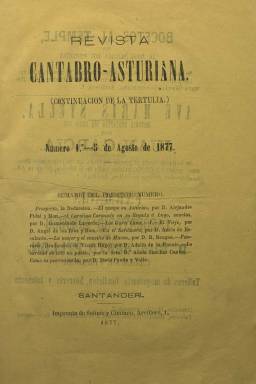
Título: Revista cántabro-asturiana
Otros títulos: Revista cántabro asturiana
Colección: Cultura
Ámbito geográfico: Cantabria
Lugar de publicación: Santander
Fechas: 05/08/1877-20/04/1878

Es continuación de La Tertulia, publicación que había estado apareciendo entre 1876 y 1877, y que también forma parte de la colección de la Biblioteca Nacional de España. Una y otra son consideradas “de trascendencia capital para la literatura de Cantabria, tanto por la calidad de sus colaboradores como por haber sido foco destacado de regionalismo y de una escuela literaria autóctona” (Salvador García Castañeda: 1990). Revista cántabro-asturiana comienza a publicarse el cinco de agosto de 1877, y modifica el anterior título al querer sus artífices abarcar ahora “los intereses literarios de las dos Asturias”. Su editor sigue siendo el mismo, el impresor Francisco Mazón (1842-1900), así como sus más conocidos inspiradores y redactores: José María de Pereda (1833-1906) y Marcelino Menéndez Pelayo (1856-1912).

Su formato y diseño es similar a su antecesora, en folio, con entregas de 32 páginas, compuestas a una columna, a la que se suma una cubierta (4 p.), que va a servir para insertar alguna publicidad comercial, entre la que se incluyen anuncios bibliográficos. Así mismo, tendrá una aparición quincenal, los días cinco y veinte de cada mes. Con foliación continuada, editará hasta 18 cuadernos, correspondiendo el último al 20 de abril de 1878. Saldrá también de la Imprenta de Solinis y Cimiano, establecida en la calle Arcillero, de Santander. En su última entrega una escueta nota a los suscriptores, firmada por Mazón el uno de mayo, se indicará que “causas ajenas a nuestra voluntad nos obligan a suspender la publicación de la revista”.

Para evitar algún inconveniente que pudiera tener denominarla Revista de las dos Asturias, fue elegido el título Revista cántabro-asturiana, se señala en su Prospecto, cuya autoría ha sido atribuida al propio Menéndez Pelayo. Anuncia en el mismo que había llegado “la hora de restablecer la antigua fraternidad” entre las dos provincias y de “resistir a la centralización en todas sus esferas”. Como programa de “exaltación regional”, se pedía: “Unámonos asturianos y montañeses, y en la unión encontraremos nueva fuerza ¡Y quién sabe si antes de mucho, enlazadas hasta ‘oficialmente’ ambas provincias, rota la ilógica división que a los montañeses nos liga a Castilla, sin que seamos, ni nadie nos llame, ‘castellanos’, podrá la extensa y riquísima zona cántabro-asturiana formar una entidad tan ‘una’ y enérgica como la de Cataluña, luz y espejo hoy de todas las gentes ibéricas!”.

El programa editorial trazado para la publicación es el mismo que alumbró a La Tertulia, sólo que ahora “extendido y ampliado” geográficamente. Por lo que sus páginas tratarán, “con preferencia”, sobre historia, geografía, arqueología, biografía, además de “amena literatura”, y sin dejar aparte las cuestiones científicas e industriales. Su “vasto” campo alcanzará a las tradiciones, usos, costumbres y “mitología popular, la poesía indígena, escondida aún (por lo que hace a la Montaña) cuando en toda España van despertando las literaturas regionales”, se añade en dicho Prospecto.

El número de redactores y colaboradores de la revista es también vastísimo, muchos de ellos ya lo habían sido de La Tertulia, como es el caso de los citados Menéndez Pelayo y Pereda, así como Benito Pérez Galdós, y aparecen también las firmas de Emilia Mijares del Real, Josefa Pujol de Collado, Adela Sánchez Cantos y Micaela Silva y Collas.

Otros autores que firman en sus páginas son Adolfo de Aguirre, Albino Alonso Madrazo, Fernando Araujo, Manuel Baraja, Bartolomé Bengoa, Eduardo Bustillo, Fermín Canella Secades, Manuel Díez de Quijano, Demetrio Duque y Merino, Amós de Escalante, Francisco Espínola, Ernesto Fernández, Tomás Fernández de Castro, Adolfo de la Fuente, Timoteo García del Real, Gervasio González de Linares, Mariano Herrero Martínez, Federico y Juan José de La Lastra, Gumersindo Laverde, M. Hache, Manuel Marañón, Andrés de Montalvo, Ricardo Olarán, Jesús Pando y Valle, Bonifacio Pérez Rioja, Alejandro Pidal y Mon, Enrique Reoyo Garzón, José Antonio del Ríos, Ángel de los Ríos y Ríos, Anselmo Salva, Eusebio Sierra, Evaristo Silio y Rodríguez, Eduardo de Topalda, Honorio Torcida, Telesforo Trueba y Cosío, Benito Vicens y Gil de Tejada, Primitivo Zárate y Juan José Zorrilla.

En su Prospecto también había quedado señalado como principio de la revista su “inviolable respeto al dogma y a la moral católicos, al espíritu y tendencias de la raza española y a los fueros del buen gusto”, y aunque tampoco dio lugar a entrar en política, como su antecesora, sus principales artífices “constituyeron una afirmación de catolicismo” y “una exaltación de los valores tradicionales”, además de “la consciencia de representar a la escuela literaria montañesa” (García Castañeda: 1990), a la vez que “representó un desafío a aquella otra corriente de pensamiento liberal que tuvo en la región notables logros” (Manuel Suárez Cortina: 1994).

Cada número comienza con un sumario, y al final del tomo se incluye un Índice elaborado con los epígrafes de los trabajos publicados y sus autores, entre los que se encuentran también traducciones literarias, entre ellas, la novela Gómez Arias o los moros de las Alpujarras, de Telesforo Trueba y Cosío. Cuenta con una Sección bibliográfica.

García Castañeda también analizó en 1979 las colaboraciones de Galdós en esta revista, y otras referencias bibliográficas a la misma son las de José Simón Cabarga (1982), Antonio del Campo Echevarría o José Manuel González Herrán (2012).